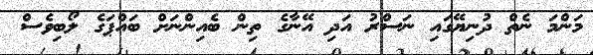
މަންމަ ނެތް ދުނިޔޭގައި ނަސްރު އަދި އޭނާގެ ތިން ބެއިންނަށް ބައްޕަގެ ލޯބިވެސް